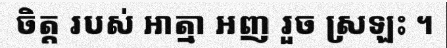
ចិត្ត របស់ អាត្មា អញ រួច ស្រឡះ ។